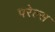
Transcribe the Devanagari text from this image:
परेल्स